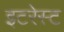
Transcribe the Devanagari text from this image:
इटरेस्‍ट